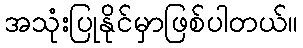
အသုံးပြုနိုင်မှာဖြစ်ပါတယ်။